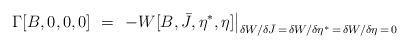
LaTeX: \begin{align*} \Gamma[B,0,0,0]\ =\ \left. - W[B,\bar J,\eta^\ast,\eta]\right|_{\delta W/\delta \bar J \,=\, \delta W/\delta \eta^\ast\,=\,\delta W/\delta \eta \,=\, 0}\end{align*}